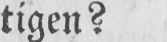
tigen?